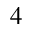
_ 4